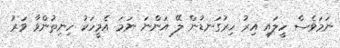
ނަމަވެސް ހީލައި އިރު ހިރުގަނޑުން ލޭ އަންނަ ނަމަ އެމީހަކު ހިނިތުންވާ ވަރު